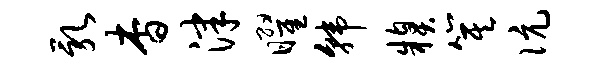
乳杳津曜韩糗箕伉